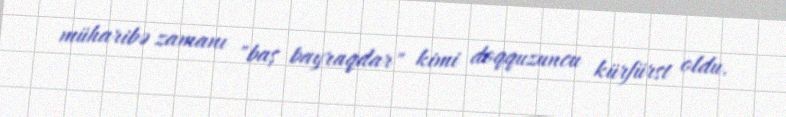
müharibə zamanı "baş bayraqdar" kimi doqquzuncu kürfürst oldu.